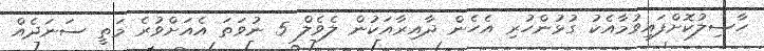
ހާސިލުކޮށްފައިވުމާއެކު ގުޅުންހުރި އެހެން ދާއިރާއަކުން ލެވެލް 5 ނުވަތަ އެއަށްވުރެ މަތީ ސަނަދެއް